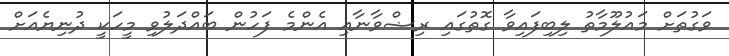
ވަގުތަށް މައުލޫމާތު ލިބިފައިވާ ގޮތުގައި ރިޟްވާނާއި އެންމެ ފަހުން ބައްދަލުވި މީހަކީ ދުނިޔެއަށް